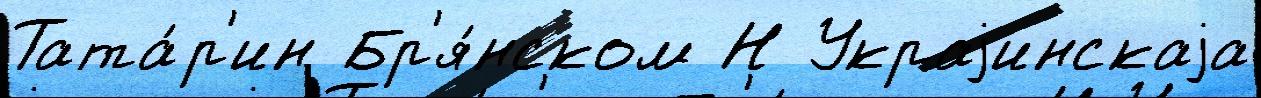
Тата́р'ин Бр'я́нском Н Украjинскаjа